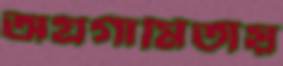
অগ্রগামিতায়